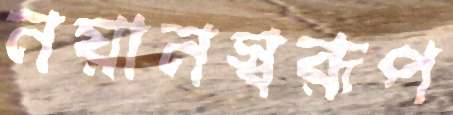
নয়ানস্বরূপ